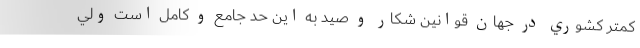
كمتر كشوري در جهان قوانين شكار و صيد به اين حد جامع و كامل است ولي